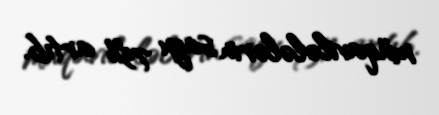
müqavilələlərin sayı 75% artıb.